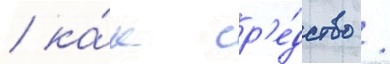
/ ка́к ср'е́дство /